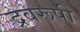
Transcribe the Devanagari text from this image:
द्रवरूपी